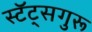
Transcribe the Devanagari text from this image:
स्टॅट्सगुरू